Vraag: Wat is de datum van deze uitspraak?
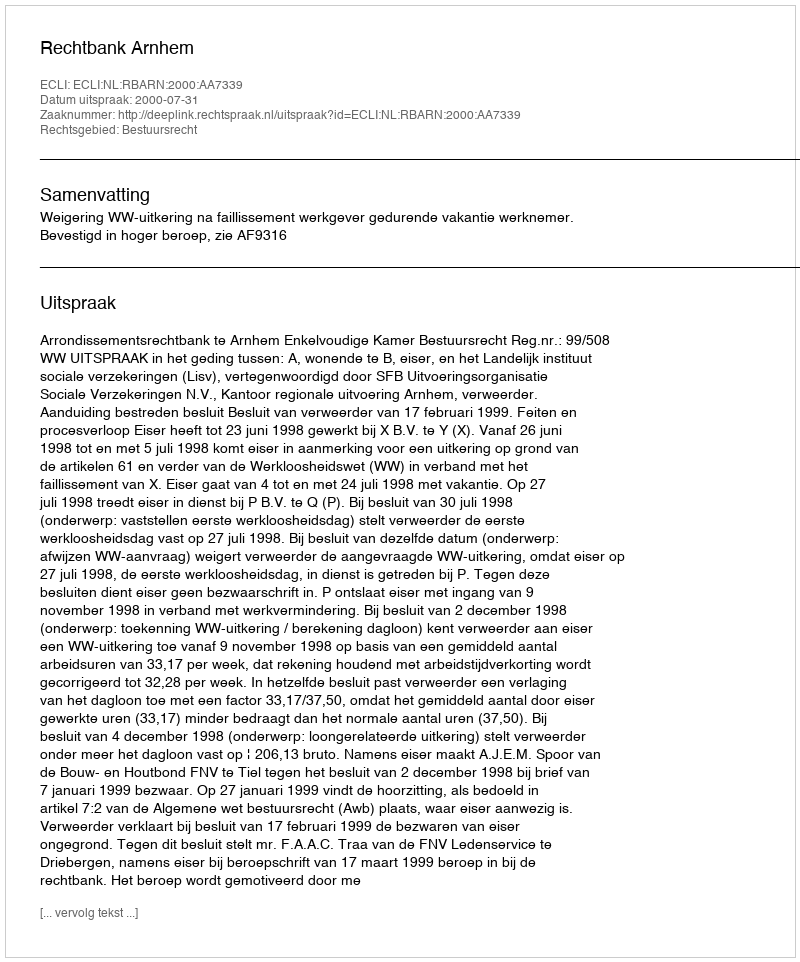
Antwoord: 2000-07-31